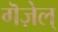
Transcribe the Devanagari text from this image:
गॆज़ेल्